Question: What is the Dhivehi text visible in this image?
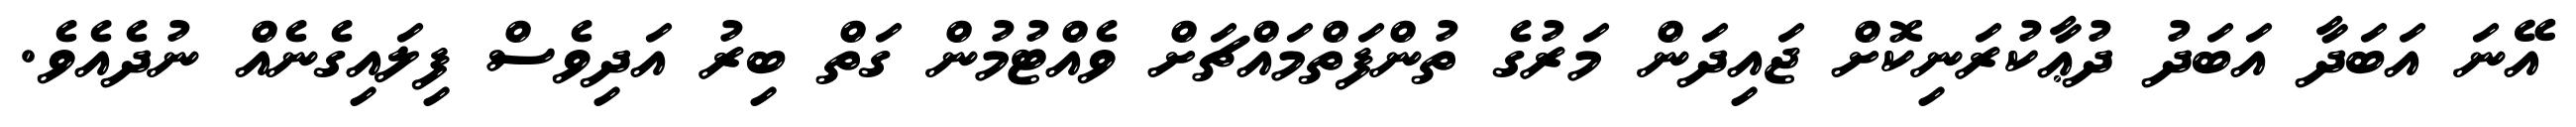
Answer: އޭނަ އަބަދާ އަބަދު ދުޢާކުރަނިކޮށް ޖައިދަން މަރުގެ ތުންފަތްމައްޗަށް ވެއްޓުމުން ގަތް ބިރު އަދިވެސް ފިލައިގެނެއް ނުދެއެވެ.